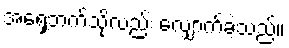
အရှေ့ဘက်သို့လည်း လျှောက်ခဲ့သည်။